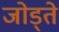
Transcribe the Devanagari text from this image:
जोड्ते